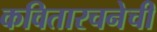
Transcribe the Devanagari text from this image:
कवितारचनेची